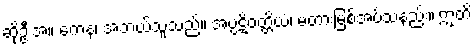
ဆိုဦးအံ့။ ကေန၊ အဘယ်သူသည်။ အပ္ပဋိဝတ္တိယံ၊ မတားမြစ်အပ်သနည်း။ ဣတိ